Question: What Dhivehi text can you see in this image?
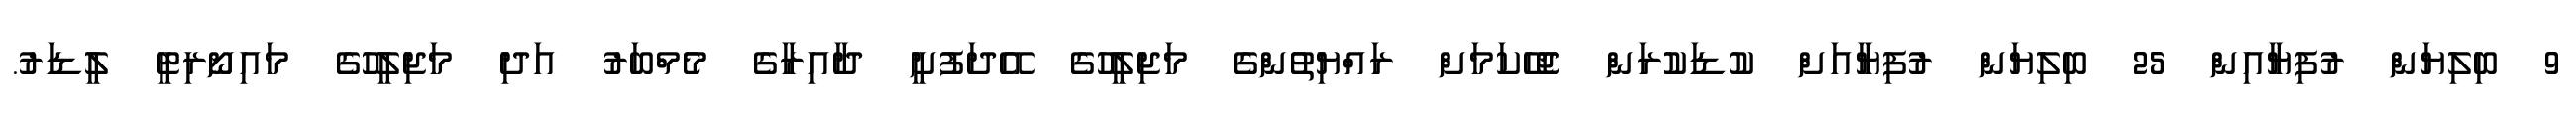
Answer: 9 ބިލިޔަން ރުފިޔާއިން 25 ބިލިޔަން ރުފިޔާއަށް ކުޑަކުރަން ޖެހޭކަމަށް ރައްޔިތުންގެ މަޖިލީހުގެ އޭދަފުށީ ދާއިރާގެ މެމްބަރު އަދި މަޖިލީހުގެ މައިނޯރިޓީ ލީޑަރު.